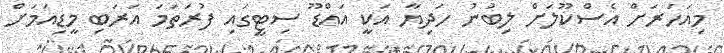
މިއަހަރަށް އެސްކޫލަށް ލިބުނު ހަދިޔާ އަކީ އައްޑޫ ސިޓީގައި ފުރަތަމަ އަރަބި މީޑިއަމަށް